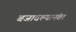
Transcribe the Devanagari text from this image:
बजावल्यानंतर